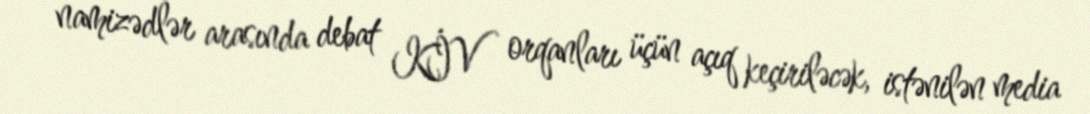
namizədlər arasında debat KİV orqanları üçün açıq keçiriləcək, istənilən media